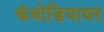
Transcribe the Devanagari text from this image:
कंबोडियावर